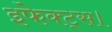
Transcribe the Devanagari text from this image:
इफेक्ट्स।